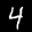
Label: 4